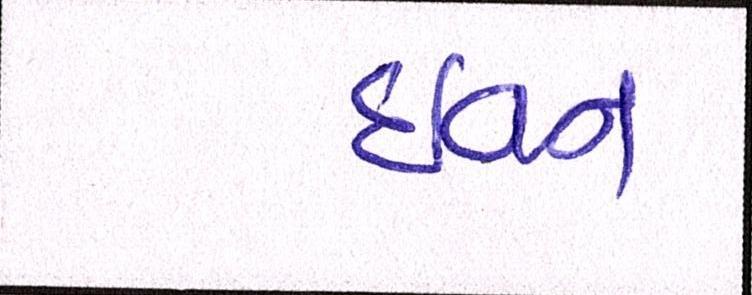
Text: ઇવન